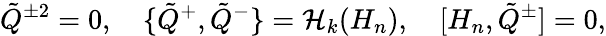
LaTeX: \tilde{Q}{}^{\pm 2}=0,\quad\{ \tilde{Q}{}^{+},\tilde{Q}{}^{-}\} ={\cal H}_{k}(H_{n}),\quad[H_{n},\tilde{Q}{}^{\pm}]=0,